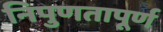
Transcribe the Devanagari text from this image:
निपुणतापूर्ण